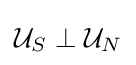
{\mathcal {U}}_{S}\perp {\mathcal {U}}_{N}